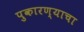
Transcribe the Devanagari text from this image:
पुकारण्याचा